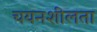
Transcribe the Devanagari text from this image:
चयनशीलता